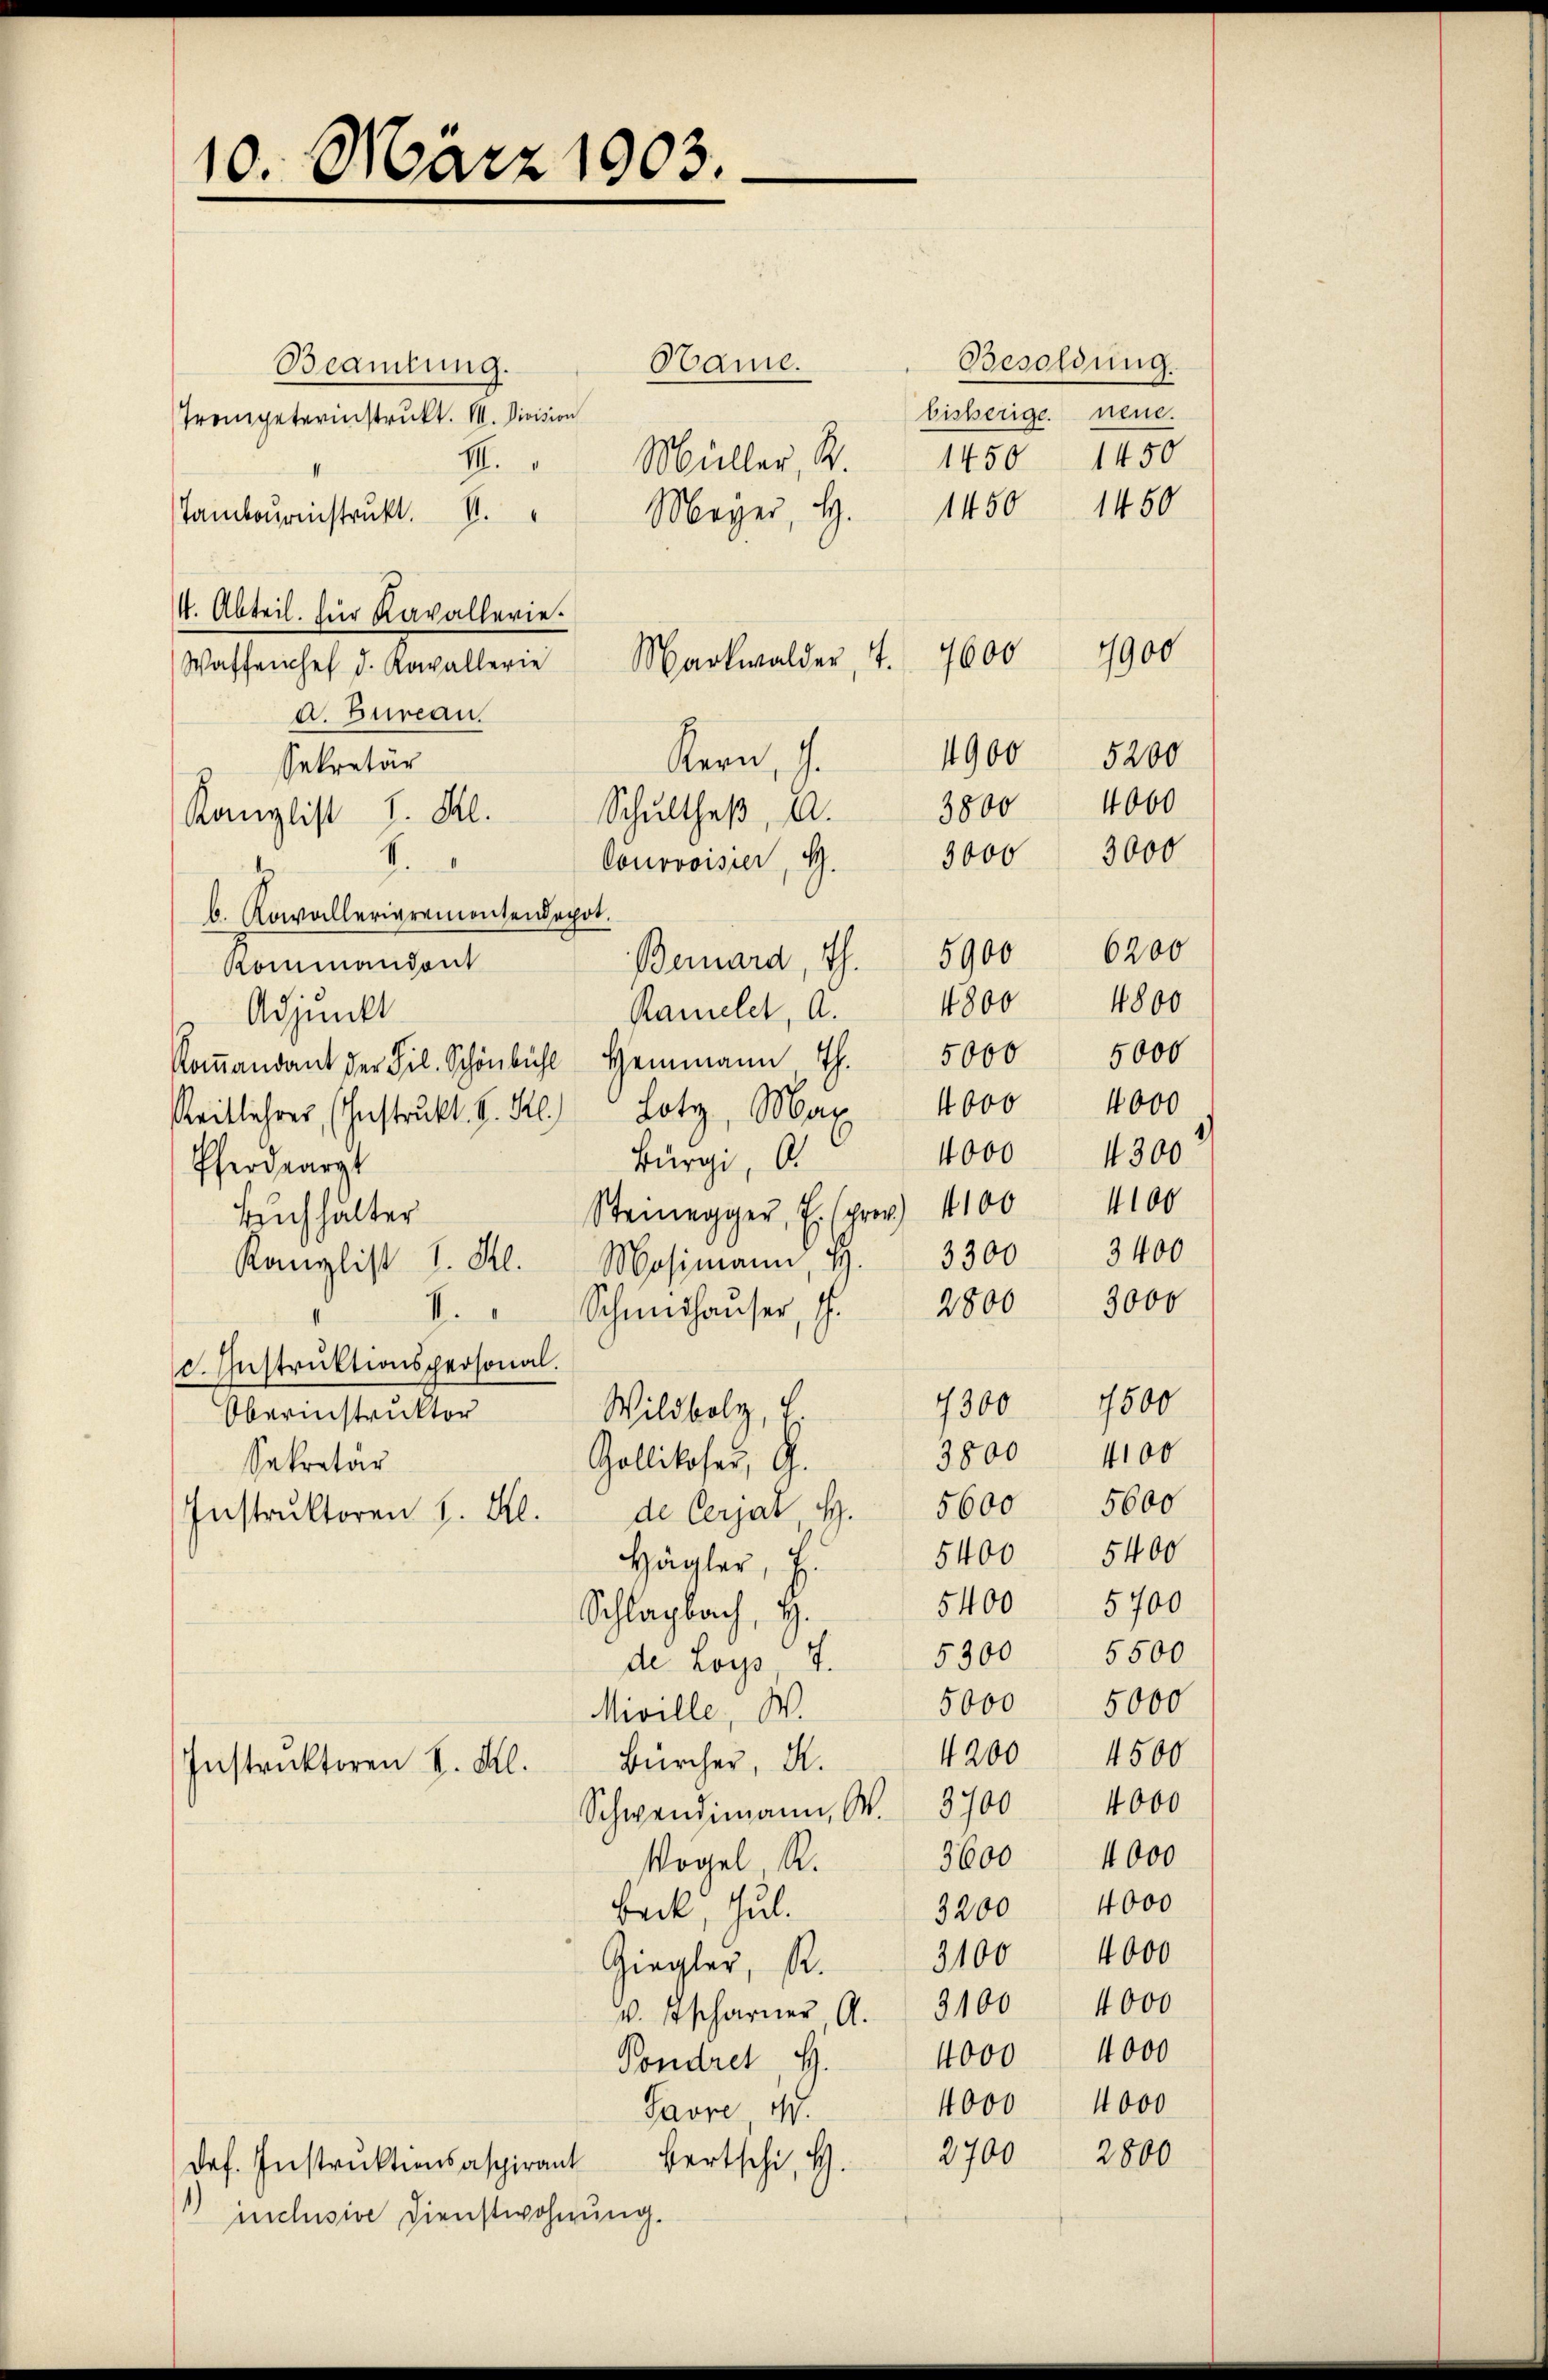
10. März 1903.

Same.
Beamtung.
Trompeterinstrukt. M. Division
XI. " Müller, § 1450 1450
Meyer, H.
Tambourinstrukt. I.
4. Abteil. für Kavallerie.
Markwalder, 4.
Waffenchef d. Kowallerie
d. Bureau.
.
Kern, z.
Sekretär
Kanzlist I. Kl. Schultheβ, A.
Courvoisier, G
i
b. Kowallerierementenbacht.
Bernard, Th. 5900 6200
Kommandant
Ramelet, a.
Adjunkt
Koṁandant der Frl. Schönbühl Heimann Th. 5000 5000
Reitlehrer, Instrukt. S. St. Lotz, Max 4000 4000
Bürgi, O.
Pferdearzt
Steinegger, E. (prov. 1100 4100
Buchhalter
Kanzlist I. Kl. Mosimann, H. 3300
Schmidhaŭser, S. 2800 3000
V.
d. Instruktionspersonal.
Wildbolz, d
Oberinstruktor
Gollikofer, G.
Sekretär
de Cerjat H. 5600 5600
Instruktoren h. Kl.
Hägler, E.
Schlagbach, H.
de Loys, 7. 5300 5500
Miville, W.
Bürcher, A.
Instruktoren S. Kl.
Schwendimann, W. 3700 4000
Vogel R.
Beck, Jul.
3100 4000
Giegler, R.
v. Tscharner A. 2100 4000
Pondret, H.
Favre M.
dos. Instrŭktionsaspirant Bertschi, H
inclusive Dienstwohnung.

Besoldung.
bisherige neue.
1450 1450

7600

4900 5200
4000
3800
3000 3000
4800
4800
4000 4300
3400

7900

7300 1500
3800 4100
5400 5400
5400 5700
5000 5000
4200 4500
3600 4000
3200 4000
4000 4000
4000 4000
2700 2800